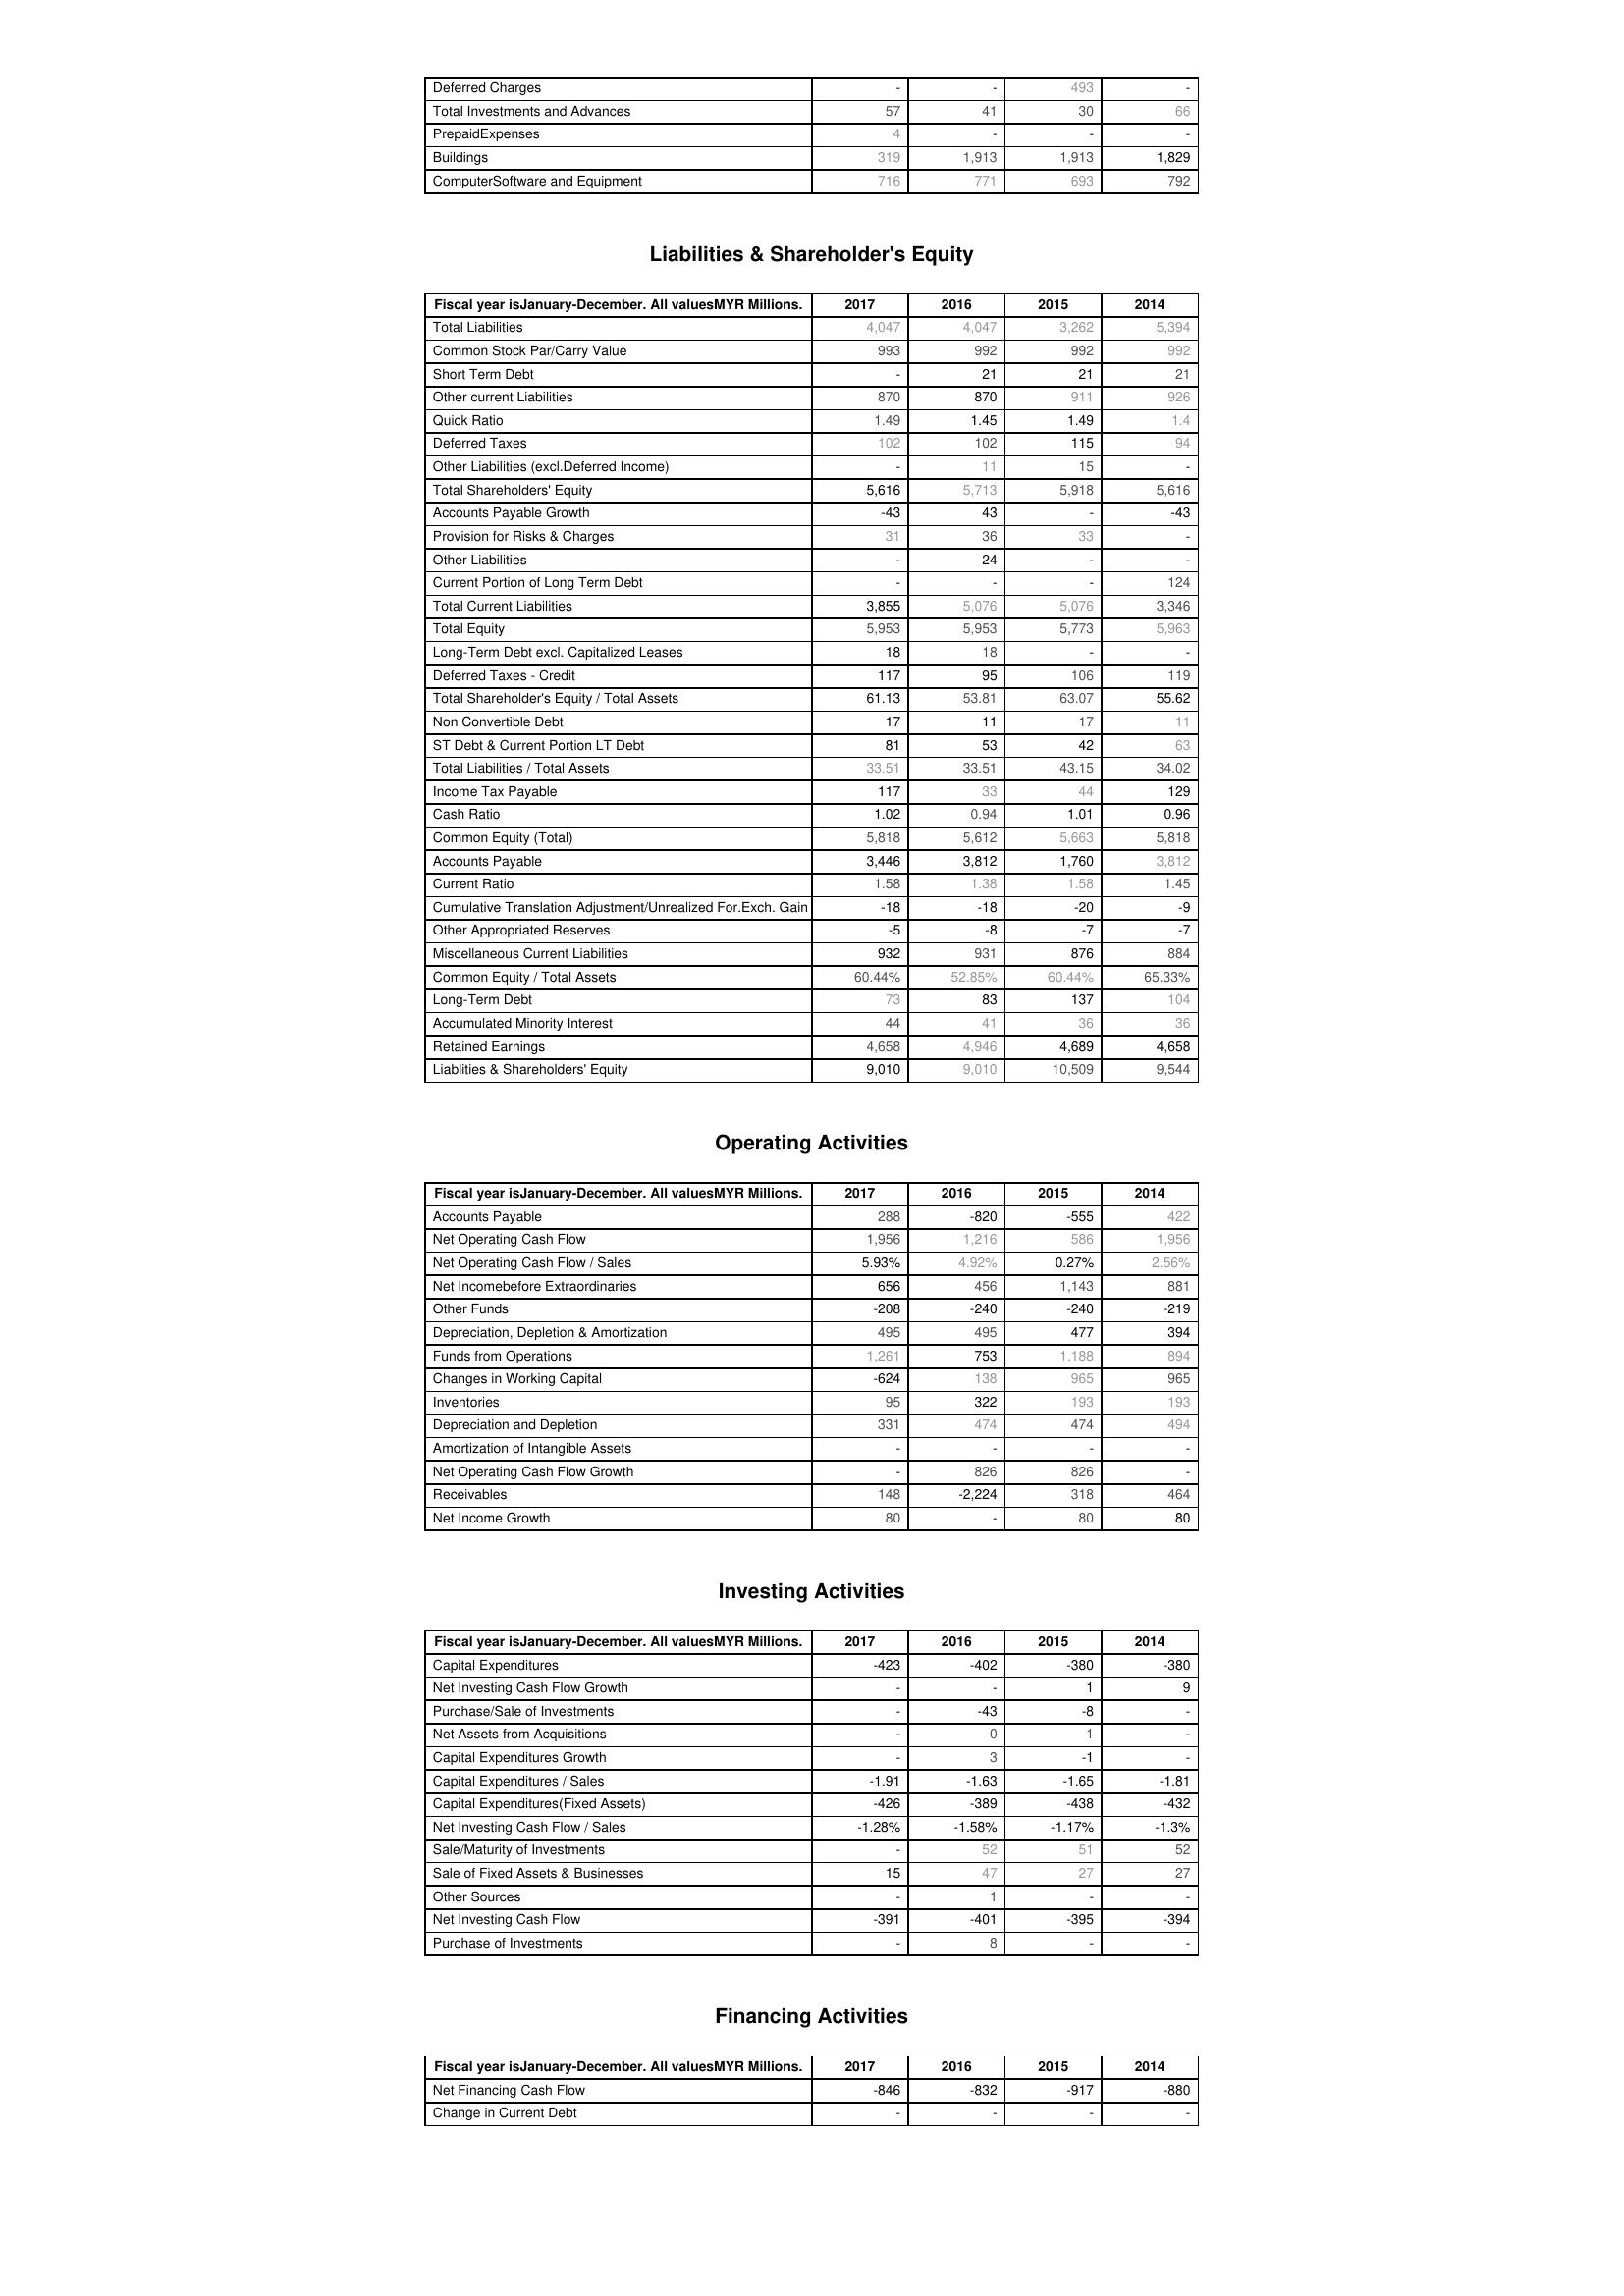
2017: Assets: Deferred Charges: -
Total Investments and Advances: 57
PrepaidExpenses: 4
Buildings: 319
ComputerSoftware and Equipment: 716
Liabilities & Shareholder's Equity: Total Liabilities: 4,047
Common Stock Par/Carry Value: 993
Short Term Debt: -
Other current Liabilities: 870
Quick Ratio: 1.49
Deferred Taxes: 102
Other Liabilities (excl.Deferred Income): -
Total Shareholders' Equity: 5,616
Accounts Payable Growth: -43
Provision for Risks & Charges: 31
Other Liabilities: -
Current Portion of Long Term Debt: -
Total Current Liabilities: 3,855
Total Equity: 5,953
Long-Term Debt excl. Capitalized Leases: 18
Deferred Taxes - Credit: 117
Total Shareholder's Equity / Total Assets: 61.13
Non Convertible Debt: 17
ST Debt & Current Portion LT Debt: 81
Total Liabilities / Total Assets: 33.51
Income Tax Payable: 117
Cash Ratio: 1.02
Common Equity (Total): 5,818
Accounts Payable: 3,446
Current Ratio: 1.58
Cumulative Translation Adjustment/Unrealized For.Exch. Gain: -18
Other Appropriated Reserves: -5
Miscellaneous Current Liabilities: 932
Common Equity / Total Assets: 60.44%
Long-Term Debt: 73
Accumulated Minority Interest: 44
Retained Earnings: 4,658
Liablities & Shareholders' Equity: 9,010
Operating Activities: Accounts Payable: 288
Net Operating Cash Flow: 1,956
Net Operating Cash Flow / Sales: 5.93%
Net Incomebefore Extraordinaries: 656
Other Funds: -208
Depreciation, Depletion & Amortization: 495
Funds from Operations: 1,261
Changes in Working Capital: -624
Inventories: 95
Depreciation and Depletion: 331
Amortization of Intangible Assets: -
Net Operating Cash Flow Growth: -
Receivables: 148
Net Income Growth: 80
Investing Activities: Capital Expenditures: -423
Net Investing Cash Flow Growth: -
Purchase/Sale of Investments: -
Net Assets from Acquisitions: -
Capital Expenditures Growth: -
Capital Expenditures / Sales: -1.91
Capital Expenditures(Fixed Assets): -426
Net Investing Cash Flow / Sales: -1.28%
Sale/Maturity of Investments: -
Sale of Fixed Assets & Businesses: 15
Other Sources: -
Net Investing Cash Flow: -391
Purchase of Investments: -
Financing Activities: Net Financing Cash Flow: -846
Change in Current Debt: -
2016: Assets: Deferred Charges: -
Total Investments and Advances: 41
PrepaidExpenses: -
Buildings: 1,913
ComputerSoftware and Equipment: 771
Liabilities & Shareholder's Equity: Total Liabilities: 4,047
Common Stock Par/Carry Value: 992
Short Term Debt: 21
Other current Liabilities: 870
Quick Ratio: 1.45
Deferred Taxes: 102
Other Liabilities (excl.Deferred Income): 11
Total Shareholders' Equity: 5,713
Accounts Payable Growth: 43
Provision for Risks & Charges: 36
Other Liabilities: 24
Current Portion of Long Term Debt: -
Total Current Liabilities: 5,076
Total Equity: 5,953
Long-Term Debt excl. Capitalized Leases: 18
Deferred Taxes - Credit: 95
Total Shareholder's Equity / Total Assets: 53.81
Non Convertible Debt: 11
ST Debt & Current Portion LT Debt: 53
Total Liabilities / Total Assets: 33.51
Income Tax Payable: 33
Cash Ratio: 0.94
Common Equity (Total): 5,612
Accounts Payable: 3,812
Current Ratio: 1.38
Cumulative Translation Adjustment/Unrealized For.Exch. Gain: -18
Other Appropriated Reserves: -8
Miscellaneous Current Liabilities: 931
Common Equity / Total Assets: 52.85%
Long-Term Debt: 83
Accumulated Minority Interest: 41
Retained Earnings: 4,946
Liablities & Shareholders' Equity: 9,010
Operating Activities: Accounts Payable: -820
Net Operating Cash Flow: 1,216
Net Operating Cash Flow / Sales: 4.92%
Net Incomebefore Extraordinaries: 456
Other Funds: -240
Depreciation, Depletion & Amortization: 495
Funds from Operations: 753
Changes in Working Capital: 138
Inventories: 322
Depreciation and Depletion: 474
Amortization of Intangible Assets: -
Net Operating Cash Flow Growth: 826
Receivables: -2,224
Net Income Growth: -
Investing Activities: Capital Expenditures: -402
Net Investing Cash Flow Growth: -
Purchase/Sale of Investments: -43
Net Assets from Acquisitions: 0
Capital Expenditures Growth: 3
Capital Expenditures / Sales: -1.63
Capital Expenditures(Fixed Assets): -389
Net Investing Cash Flow / Sales: -1.58%
Sale/Maturity of Investments: 52
Sale of Fixed Assets & Businesses: 47
Other Sources: 1
Net Investing Cash Flow: -401
Purchase of Investments: 8
Financing Activities: Net Financing Cash Flow: -832
Change in Current Debt: -
2015: Assets: Deferred Charges: 493
Total Investments and Advances: 30
PrepaidExpenses: -
Buildings: 1,913
ComputerSoftware and Equipment: 693
Liabilities & Shareholder's Equity: Total Liabilities: 3,262
Common Stock Par/Carry Value: 992
Short Term Debt: 21
Other current Liabilities: 911
Quick Ratio: 1.49
Deferred Taxes: 115
Other Liabilities (excl.Deferred Income): 15
Total Shareholders' Equity: 5,918
Accounts Payable Growth: -
Provision for Risks & Charges: 33
Other Liabilities: -
Current Portion of Long Term Debt: -
Total Current Liabilities: 5,076
Total Equity: 5,773
Long-Term Debt excl. Capitalized Leases: -
Deferred Taxes - Credit: 106
Total Shareholder's Equity / Total Assets: 63.07
Non Convertible Debt: 17
ST Debt & Current Portion LT Debt: 42
Total Liabilities / Total Assets: 43.15
Income Tax Payable: 44
Cash Ratio: 1.01
Common Equity (Total): 5,663
Accounts Payable: 1,760
Current Ratio: 1.58
Cumulative Translation Adjustment/Unrealized For.Exch. Gain: -20
Other Appropriated Reserves: -7
Miscellaneous Current Liabilities: 876
Common Equity / Total Assets: 60.44%
Long-Term Debt: 137
Accumulated Minority Interest: 36
Retained Earnings: 4,689
Liablities & Shareholders' Equity: 10,509
Operating Activities: Accounts Payable: -555
Net Operating Cash Flow: 586
Net Operating Cash Flow / Sales: 0.27%
Net Incomebefore Extraordinaries: 1,143
Other Funds: -240
Depreciation, Depletion & Amortization: 477
Funds from Operations: 1,188
Changes in Working Capital: 965
Inventories: 193
Depreciation and Depletion: 474
Amortization of Intangible Assets: -
Net Operating Cash Flow Growth: 826
Receivables: 318
Net Income Growth: 80
Investing Activities: Capital Expenditures: -380
Net Investing Cash Flow Growth: 1
Purchase/Sale of Investments: -8
Net Assets from Acquisitions: 1
Capital Expenditures Growth: -1
Capital Expenditures / Sales: -1.65
Capital Expenditures(Fixed Assets): -438
Net Investing Cash Flow / Sales: -1.17%
Sale/Maturity of Investments: 51
Sale of Fixed Assets & Businesses: 27
Other Sources: -
Net Investing Cash Flow: -395
Purchase of Investments: -
Financing Activities: Net Financing Cash Flow: -917
Change in Current Debt: -
2014: Assets: Deferred Charges: -
Total Investments and Advances: 66
PrepaidExpenses: -
Buildings: 1,829
ComputerSoftware and Equipment: 792
Liabilities & Shareholder's Equity: Total Liabilities: 5,394
Common Stock Par/Carry Value: 992
Short Term Debt: 21
Other current Liabilities: 926
Quick Ratio: 1.4
Deferred Taxes: 94
Other Liabilities (excl.Deferred Income): -
Total Shareholders' Equity: 5,616
Accounts Payable Growth: -43
Provision for Risks & Charges: -
Other Liabilities: -
Current Portion of Long Term Debt: 124
Total Current Liabilities: 3,346
Total Equity: 5,963
Long-Term Debt excl. Capitalized Leases: -
Deferred Taxes - Credit: 119
Total Shareholder's Equity / Total Assets: 55.62
Non Convertible Debt: 11
ST Debt & Current Portion LT Debt: 63
Total Liabilities / Total Assets: 34.02
Income Tax Payable: 129
Cash Ratio: 0.96
Common Equity (Total): 5,818
Accounts Payable: 3,812
Current Ratio: 1.45
Cumulative Translation Adjustment/Unrealized For.Exch. Gain: -9
Other Appropriated Reserves: -7
Miscellaneous Current Liabilities: 884
Common Equity / Total Assets: 65.33%
Long-Term Debt: 104
Accumulated Minority Interest: 36
Retained Earnings: 4,658
Liablities & Shareholders' Equity: 9,544
Operating Activities: Accounts Payable: 422
Net Operating Cash Flow: 1,956
Net Operating Cash Flow / Sales: 2.56%
Net Incomebefore Extraordinaries: 881
Other Funds: -219
Depreciation, Depletion & Amortization: 394
Funds from Operations: 894
Changes in Working Capital: 965
Inventories: 193
Depreciation and Depletion: 494
Amortization of Intangible Assets: -
Net Operating Cash Flow Growth: -
Receivables: 464
Net Income Growth: 80
Investing Activities: Capital Expenditures: -380
Net Investing Cash Flow Growth: 9
Purchase/Sale of Investments: -
Net Assets from Acquisitions: -
Capital Expenditures Growth: -
Capital Expenditures / Sales: -1.81
Capital Expenditures(Fixed Assets): -432
Net Investing Cash Flow / Sales: -1.3%
Sale/Maturity of Investments: 52
Sale of Fixed Assets & Businesses: 27
Other Sources: -
Net Investing Cash Flow: -394
Purchase of Investments: -
Financing Activities: Net Financing Cash Flow: -880
Change in Current Debt: -